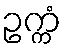
ဥက္ကံ